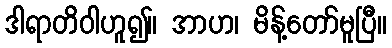
ဒါရာတိဝါဟူ၍။ အာဟ၊ မိန့်တော်မူပြီ။